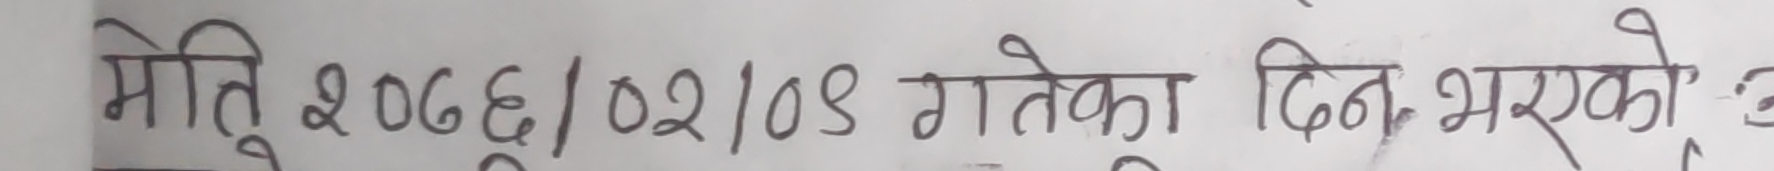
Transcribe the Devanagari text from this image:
मिति २०७६/०२/०४ गतेका दिन भएको